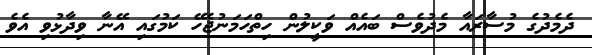
ދެމެދުގެ މުސާރައާ މެދުވެސް ބައެއް ވަކީލުން ހިތްހަމަނުޖެހޭ ކަމުގައި އޭނާ ވިދާޅުވި އެވެ